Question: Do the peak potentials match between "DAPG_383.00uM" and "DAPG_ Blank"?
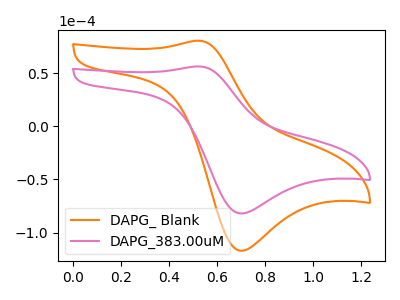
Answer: <think>The orange curve "DAPG_ Blank" has an anodic peak at (0.55V, 80.80uA) and a cathodic peak at (0.70V, -117.20uA). The pink curve "DAPG_383.00uM" has an anodic peak at (0.55V, 56.55uA) and a cathodic peak at (0.70V, -82.00uA).</think>
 <answer>Yes, "DAPG_383.00uM" have a peak in "DAPG_ Blank" at the same potential.</answer>
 <eval>match</eval>